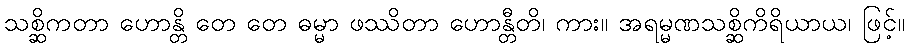
သစ္ဆိကတာ ဟောန္တိ တေ တေ ဓမ္မာ ဖဿိတာ ဟောန္တီတိ၊ ကား။ အရမ္မဏသစ္ဆိကိရိယာယ၊ ဖြင့်။